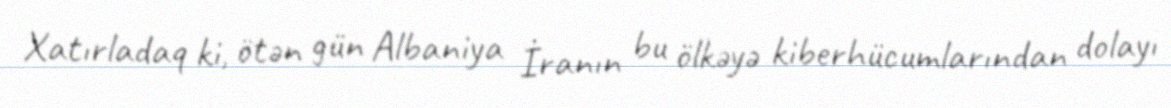
Xatırladaq ki, ötən gün Albaniya İranın bu ölkəyə kiberhücumlarından dolayı